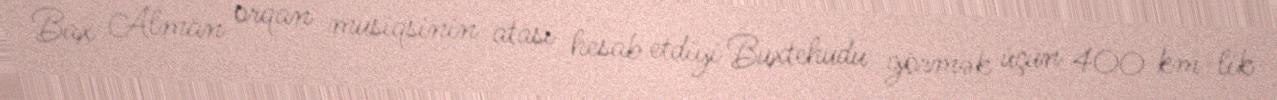
Bax Alman orqan musiqsinin atası hesab etdiyi Buxtehudu görmək üçün 400 km-lik